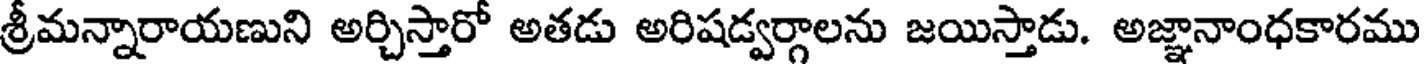
శ్రీమన్నారాయణుని అర్చిస్తారో అతడు అరిషడ్వర్గాలను జయిస్తాడు. అజ్ఞానాంధకారము